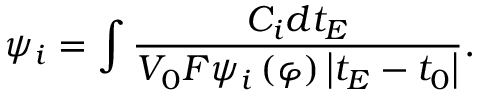
\psi _ { i } = \int \frac { C _ { i } d t _ { E } } { V _ { 0 } F \psi _ { i } \left( \varphi \right) \left| t _ { E } - t _ { 0 } \right| } .